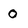
Character: 0